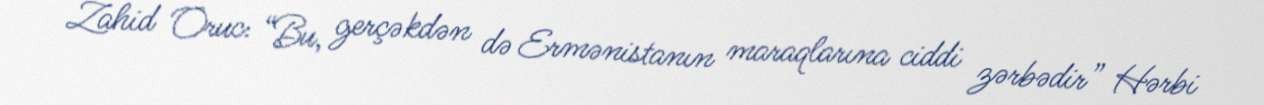
Zahid Oruc: “Bu, gerçəkdən də Ermənistanın maraqlarına ciddi zərbədir” Hərbi